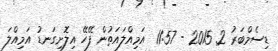
ޑިސެމްބަރު 2